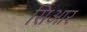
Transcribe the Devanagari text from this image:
सिआर